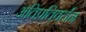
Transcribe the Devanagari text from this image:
अतिप्रतिवर्तन